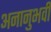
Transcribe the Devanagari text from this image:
अनानुभवी